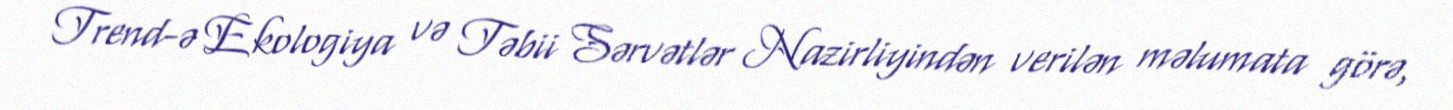
Trend-ə Ekologiya və Təbii Sərvətlər Nazirliyindən verilən məlumata görə,